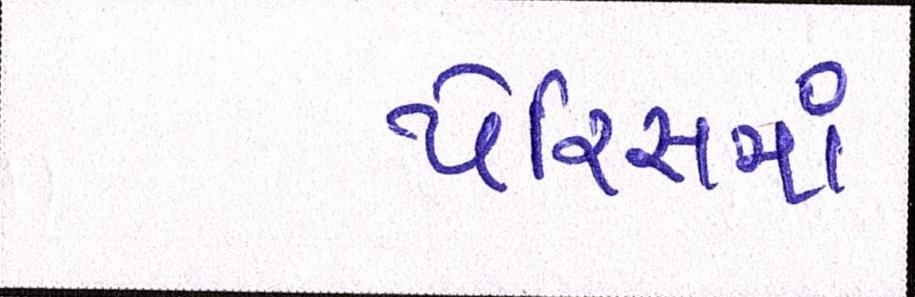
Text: પેરિસમાં